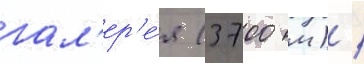
гал'ер'е́я (3700 м) /